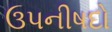
ઉપનીષદો